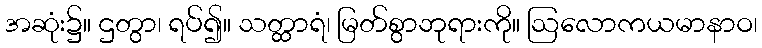
အဆုံး၌။ ဌတွာ၊ ရပ်၍။ သတ္ထာရံ၊ မြတ်စွာဘုရားကို။ ဩလောကယမာနာဝ၊